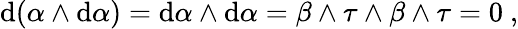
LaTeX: \mathrm{d}(\alpha\wedge\mathrm{d}\alpha)=\mathrm{d}\alpha\wedge\mathrm{d}\alpha=\beta\wedge\tau\wedge\beta\wedge\tau=0\ ,